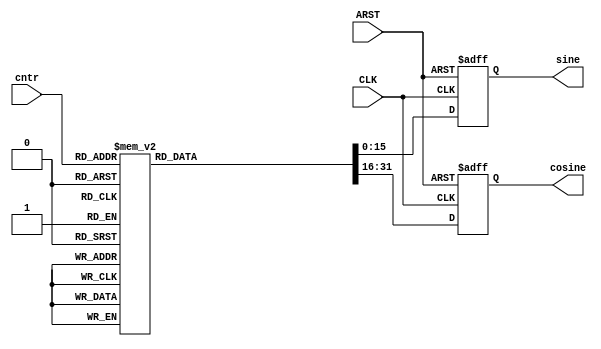
module LkupTbl1 
  (
  cosine,
  sine,
  CLK,
  ARST,
  cntr
  );
output reg [15:0]        sine    ;
output reg [15:0]        cosine  ;
input                    CLK     ;
input                    ARST    ;
input      [4:0]         cntr    ;
always @ (posedge CLK or posedge ARST)
if (ARST)
 begin
  sine   = 'b0000000000000000; 
  cosine = 'b0000000000000000; 
 end
else
 begin
 case (cntr)
  0: 
    begin
      sine   = 'b0000000000000000; 
      cosine = 'b0100000000000000; 
    end
  1: 
    begin
      sine   = 'b0011110111010001; 
      cosine = 'b0001000010010000; 
    end
  2: 
    begin
      sine   = 'b0001111111111111; 
      cosine = 'b1100100010010100; 
    end
  3: 
    begin
      sine   = 'b1101001010111111; 
      cosine = 'b1101001010111111; 
    end
  4: 
    begin
      sine   = 'b1100100010010100; 
      cosine = 'b0010000000000000; 
    end
  5: 
    begin
      sine   = 'b0001000010010000; 
      cosine = 'b0011110111010001; 
    end
  6: 
    begin
      sine   = 'b0100000000000000; 
      cosine = 'b0000000000000000; 
    end
  7: 
    begin
      sine   = 'b0001000010010000; 
      cosine = 'b1100001000101111; 
    end
  8: 
    begin
      sine   = 'b1100100010010100; 
      cosine = 'b1110000000000001; 
    end
  9: 
    begin
      sine   = 'b1101001010111111; 
      cosine = 'b0010110101000001; 
    end
  10: 
    begin
      sine   = 'b0001111111111111; 
      cosine = 'b0011011101101100; 
    end
  11: 
    begin
      sine   = 'b0011110111010001; 
      cosine = 'b1110111101110000; 
    end
  12: 
    begin
      sine   = 'b0000000000000000; 
      cosine = 'b1100000000000000; 
    end
  13: 
    begin
      sine   = 'b1100001000101111; 
      cosine = 'b1110111101110000; 
    end
  14: 
    begin
      sine   = 'b1110000000000000; 
      cosine = 'b0011011101101100; 
    end
  15: 
    begin
      sine   = 'b0010110101000001; 
      cosine = 'b0010110101000001; 
    end
  16: 
    begin
      sine   = 'b0011011101101100; 
      cosine = 'b1110000000000000; 
    end
  17: 
    begin
      sine   = 'b1110111101110000; 
      cosine = 'b1100001000101111; 
    end
  18: 
    begin
      sine   = 'b1100000000000000; 
      cosine = 'b0000000000000000; 
    end
  19: 
    begin
      sine   = 'b1110111101110000; 
      cosine = 'b0011110111010001; 
    end
  20: 
    begin
      sine   = 'b0011011101101100; 
      cosine = 'b0010000000000000; 
    end
  21: 
    begin
      sine   = 'b0010110101000001; 
      cosine = 'b1101001010111111; 
    end
  22: 
    begin
      sine   = 'b1110000000000001; 
      cosine = 'b1100100010010100; 
    end
  23: 
    begin
      sine   = 'b1100001000101111; 
      cosine = 'b0001000010010000; 
    end
  default:
    begin
      sine   = 'b0000000000000000; 
      cosine = 'b0000000000000000; 
    end
  endcase
 end
endmodule